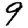
Digit: 9